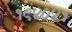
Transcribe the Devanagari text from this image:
१९४०४१